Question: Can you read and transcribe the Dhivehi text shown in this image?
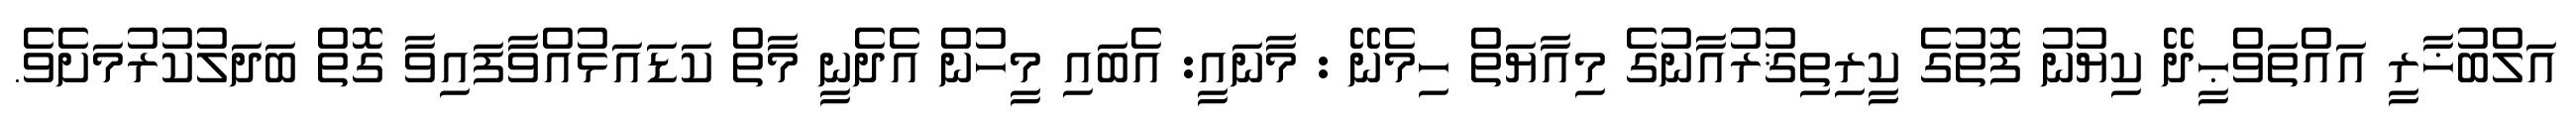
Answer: އަލްބުޚާރީ އައްތަވްޙީދޭ ކިޔުނު ފޮތުގެ ކީރިތިޤުރުއާނުގެ މިއާޔަތް ހިމެނޭ : މާނައީ: އެބައި މީހުން އެދެނީ މާތް ކަޑައަޅުއްވާފައިވާ ގޮތް ބަދަލުކުރުމަށެވެ.